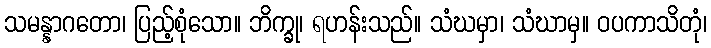
သမန္နာဂတော၊ ပြည့်စုံသော။ ဘိက္ခု၊ ရဟန်းသည်။ သံဃမှာ၊ သံဃာမှ။ ဝပကာသိတုံ၊